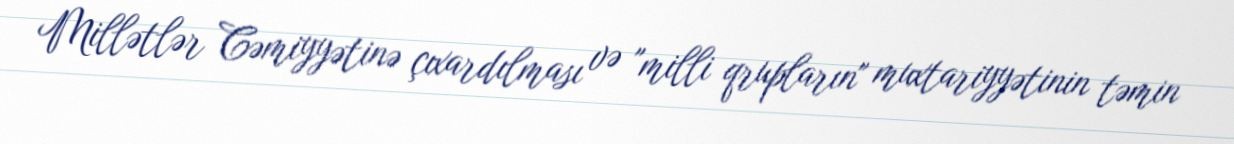
Millətlər Cəmiyyətinə çıxardılması və "milli qrupların" muxtariyyətinin təmin